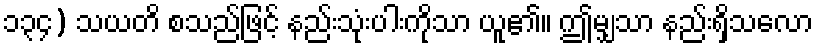
၁၃၄) သယတိ စသည်ဖြင့် နည်းသုံးပါးကိုသာ ယူ၏။ ဤမျှသာ နည်းရှိသလော